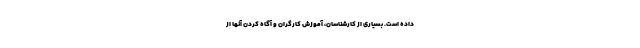
داده است. بسیاری از کارشناسان، آموزش کارگران و آگاه کردن آنها از